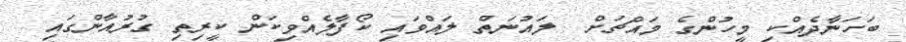
ބަހަނާދެއްކި މީހުންގެ މައްޗަށް  ލައުނަތް ލައްވައި ކޯފާލެއްވިކަން ކީރިތި ގުރުއާންގައި